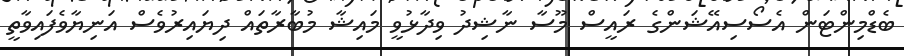
ބެޑްމިންޓަން އެސޯސިއޭޝަންގެ ރައީސް މޫސާ ނާޝިދު ވިދާޅުވީ މައިޝާ މުބާރާތައް ދިޔައިރުވެސް އަނިޔާވެފައިވާތީ